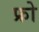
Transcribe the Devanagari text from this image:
फ्रो